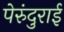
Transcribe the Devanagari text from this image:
पेरुंदुराई